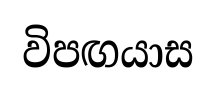
විපඟයාස